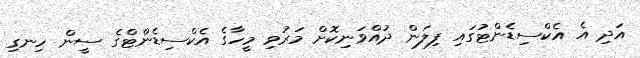
އަދި އެ އެކްސިޑެންޓުގައި ފިލަން ދުއްވަނިކޮށް މަރުވި މީހާގެ އެކްސިޑެންޓްގެ ސީން ހިނގި